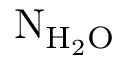
\mathrm { { N _ { H _ { 2 } O } } }